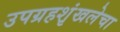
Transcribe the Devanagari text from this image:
उपग्रहशृंखलेचा